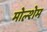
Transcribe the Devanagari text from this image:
मोल्शेम